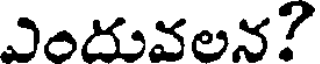
ఎందువలన?